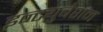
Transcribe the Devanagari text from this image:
इन्ट्युबेशन